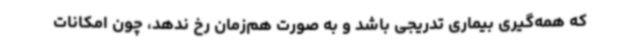
که همه‌گیری بیماری تدریجی باشد و به صورت هم‌زمان رخ ندهد، چون امکانات